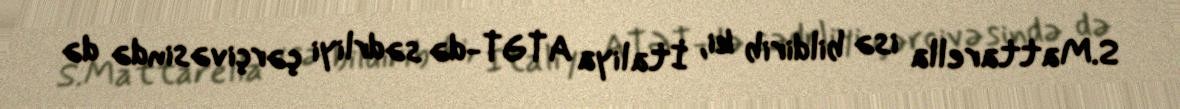
S.Mattarella isə bildirib ki, İtaliya ATƏT-də sədrliyi çərçivəsində də